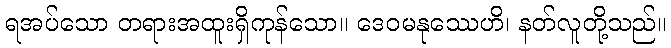
ရအပ်သော တရားအထူးရှိကုန်သော။ ဒေဝမနုဿေဟိ၊ နတ်လူတို့သည်။